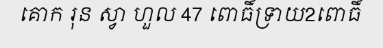
គោក រុន ស្វា ហួល 47 ពោធិ៍ទ្រាយ2ពោធិ៍